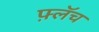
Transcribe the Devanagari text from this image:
फ़्लॅच